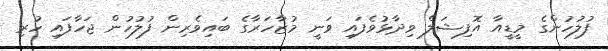
ފުލުހުންގެ މީޑީއާ އޮފިޝަލް ވިދާޅުވެފައި ވަނީ މުޒާހަރާގެ ބައިވެރިން ފުލުހުން ޖަހާފައި ހުރި